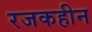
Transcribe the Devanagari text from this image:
रजकहीन